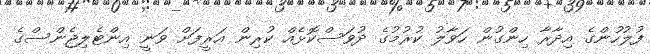
ފުލުހުންގެ އިދާރާ ހިންގުން ހަވާލު ކުރުމުގެ ދުވަސްކޮޅެއް ކުރިން އަރީފަށް ވަނީ އިންޓެލިޖެންސްގެ